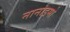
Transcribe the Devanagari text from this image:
नानाइमो